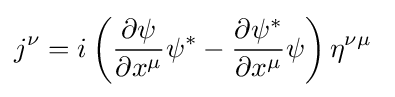
j^{\nu }=i\left({\frac {\partial \psi }{\partial x^{\mu }}}\psi ^{*}-{\frac {\partial \psi ^{*}}{\partial x^{\mu }}}\psi \right)\eta ^{\nu \mu }~